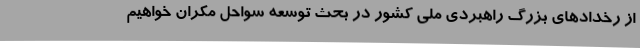
از رخدادهای بزرگ راهبردی ملی کشور در بحث توسعه سواحل مکران خواهیم